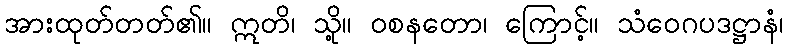
အားထုတ်တတ်၏။ ဣတိ၊ သို့။ ဝစနတော၊ ကြောင့်။ သံဝေဂပဒဋ္ဌာနံ၊